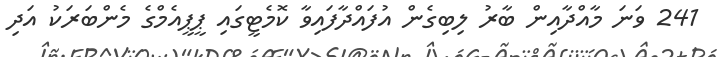
241 ވަނަ މާއްދާއިން ބާރު ލިބިގެން އުފައްދާފައިވާ ކޮމެޓީގައި ޕީޕީއެމްގެ މެންބަރަކު އަދި